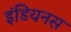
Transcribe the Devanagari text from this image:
इंडियनस